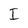
Character: I